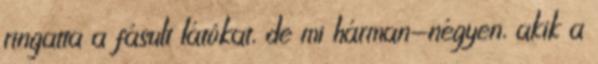
ringatta a fásult látókat, de mi hárman-négyen, akik a